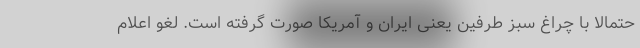
حتمالا با چراغ سبز طرفین یعنی ایران و آمریکا صورت گرفته است. لغو اعلام